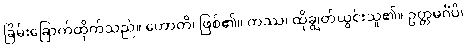
ခြိမ်းခြောက်ထိုက်သည်။ ဟောတိ၊ ဖြစ်၏။ တဿ၊ ထိုချွတ်ယွင်းသူ၏။ ဥတ္တမင်္ဂံပိ၊